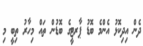
ދެން އިދިކޮޅު އެންމެ ބޮޑު ޕާރޓީގެ ބޮޑުން ތައް މިހާރު ތިބީ މި